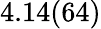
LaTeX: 4.14(64)